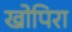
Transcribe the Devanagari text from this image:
खोपिरा